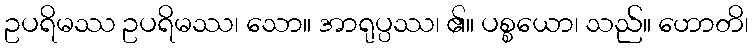
ဥပရိမဿ ဥပရိမဿ၊ သော။ အာရုပ္ပဿ၊ ၏။ ပစ္စယော၊ သည်။ ဟောတိ၊